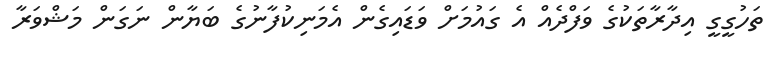
ތަހުގީގީ އިދާރާތަކުގެ ވަފްދެއް އެ ގައުމަށް ވަޑައިގެން އެމަނިކުފާނުގެ ބަޔާން ނަގަން މަޝްވަރާ